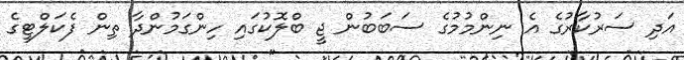
އަދި ސަރުކާރުގެ އެ ނިންމުމުގެ ސަބަބުން ޖީ ބްލޮކުގައި ހިންގަމުންދާ ތިން ފެކަލްޓީގެ